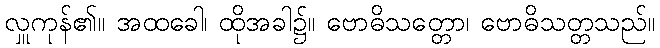
လှူကုန်၏။ အထခေါ၊ ထိုအခါ၌။ ဗောဓိသတ္တော၊ ဗောဓိသတ္တသည်။